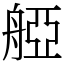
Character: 𦩒